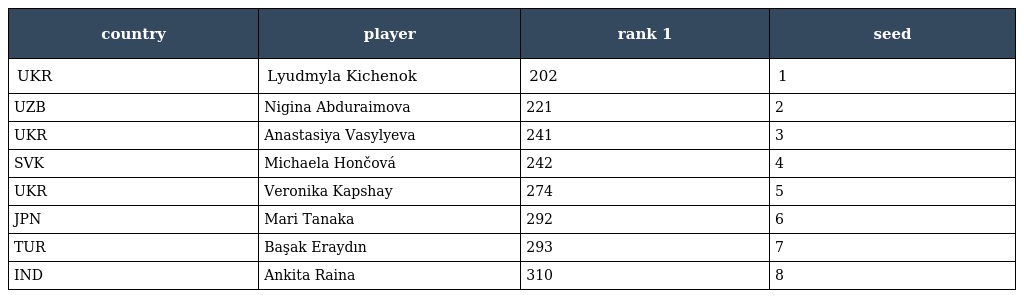
| country | player | rank 1 | seed |
 | --- | --- | --- | --- |
 | UKR | Lyudmyla Kichenok | 202 | 1 |
 | UZB | Nigina Abduraimova | 221 | 2 |
 | UKR | Anastasiya Vasylyeva | 241 | 3 |
 | SVK | Michaela Hončová | 242 | 4 |
 | UKR | Veronika Kapshay | 274 | 5 |
 | JPN | Mari Tanaka | 292 | 6 |
 | TUR | Başak Eraydın | 293 | 7 |
 | IND | Ankita Raina | 310 | 8 |